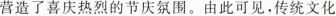
营造了喜庆热烈的节庆氛围。由此可见，传统文化